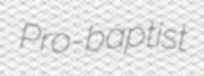
Pro-baptist